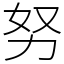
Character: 努